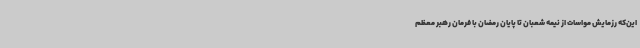
این‌که رزمایش مواسات از نیمه شعبان تا پایان رمضان با فرمان رهبر معظم